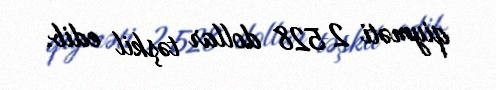
qiyməti 2 528 dollar təşkil edib.